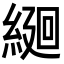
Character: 𦂆